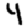
Digit: 4